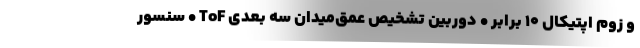
و زوم اپتیکال 10 برابر • دوربین تشخیص عمق‌میدان سه بعدی ToF • سنسور